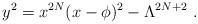
LaTeX: \begin{align*}y^2 = x^{2N} (x - \phi)^2 - \Lambda^{2N+2}\ . \end{align*}